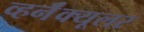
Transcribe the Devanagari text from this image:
व्हर्नॅक्यूलर